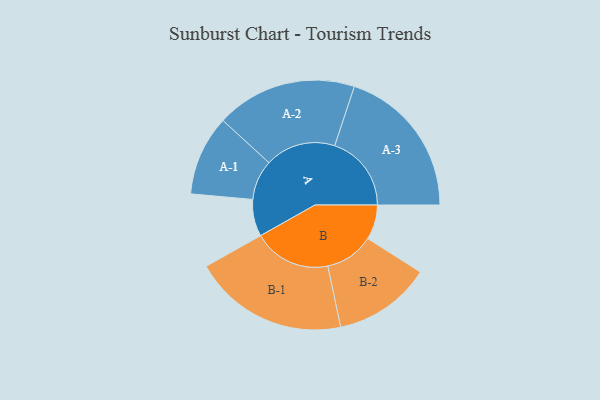
{"axis": {"x": "Segment", "y": "Value"}, "legend": ["", "A", "B"], "data": [{"x": "A", "y": 118, "type": ""}, {"x": "B", "y": 111, "type": ""}, {"x": "A-1", "y": 128, "type": "A"}, {"x": "A-2", "y": 225, "type": "A"}, {"x": "A-3", "y": 245, "type": "A"}, {"x": "B-1", "y": 248, "type": "B"}, {"x": "B-2", "y": 156, "type": "B"}]}